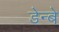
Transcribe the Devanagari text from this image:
डेन्बे